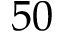
5 0